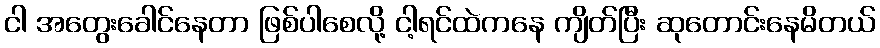
ငါ အတွေးခေါင်နေတာ ဖြစ်ပါစေလို့ ငါ့ရင်ထဲကနေ ကျိတ်ပြီး ဆုတောင်းနေမိတယ်